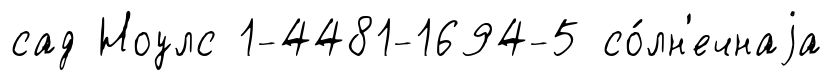
сад Ноулс 1-4481-1694-5 со́лн'ечнаjа